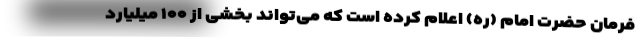
فرمان حضرت امام (ره) اعلام کرده است که می‌تواند بخشی از ۱۰۰ میلیارد